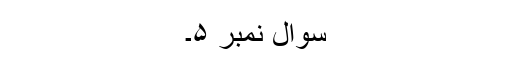
سوال نمبر ۵۔